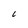
Character: 6